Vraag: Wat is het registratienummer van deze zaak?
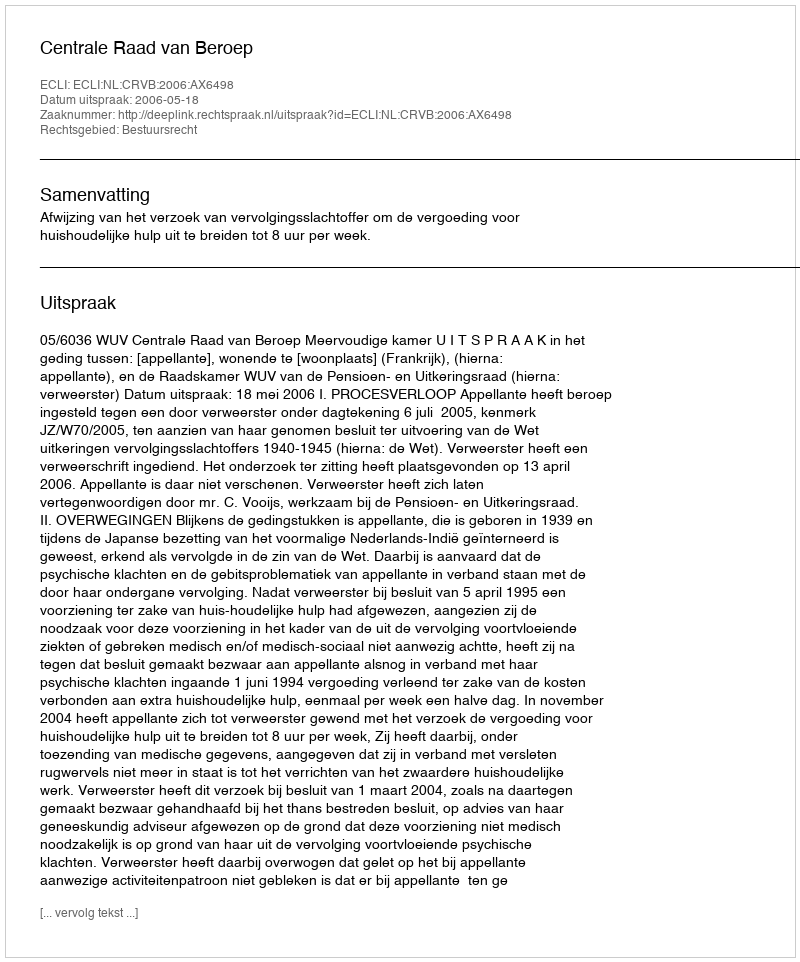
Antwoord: http://deeplink.rechtspraak.nl/uitspraak?id=ECLI:NL:CRVB:2006:AX6498